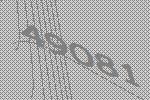
49081